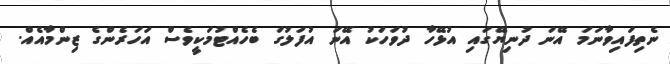
ނެތިފައިވާނަމަ އޭނަ ދުނިޔޭގައި އުޅޭހާ ދުވަހަކު އޭނަ އުފަލުގަ ބެހެއްޓުމަކީވެސް އަހަރެންގެ ޒިންމާއެއް.